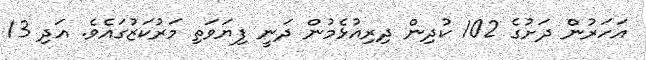
އަހަރުން ދަށުގެ 102 ކުދިން ދިރިއުޅެމުން ދަނީ ފިޔަވަތި މަރުކަޒުގައެވެ. އަދި 13